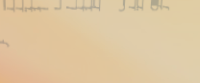
توصيل طلبات البيتزا السري